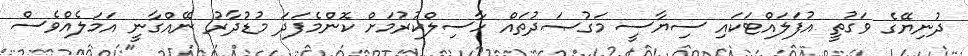
ދުނިޔޭގެ ވަގުތީ އުފަލައްޓަކައި ސިޔާސީ މަގުޞަދުތައް ހާސިލްކުރުމަށް ކޮންމެފަދަ މުޑުދާރު ނޭއްގާނީ އަމަލެއްވެސް